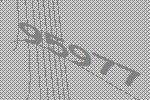
95977